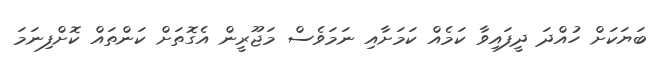
ބަޔަކަށް ހުއްދަ ދީފައިވާ ކަމެއް ކަމަށާއި ނަމަވެސް މަޖޫރީން އެގޮތަށް ކަންތައް ކޮށްފިނަމަ